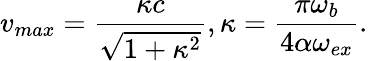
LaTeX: v_{max}=\frac{\kappa c}{\sqrt{1+\kappa^{2}}},\kappa=\frac{\pi\omega_{b}}{4\alpha\omega_{ex}}.